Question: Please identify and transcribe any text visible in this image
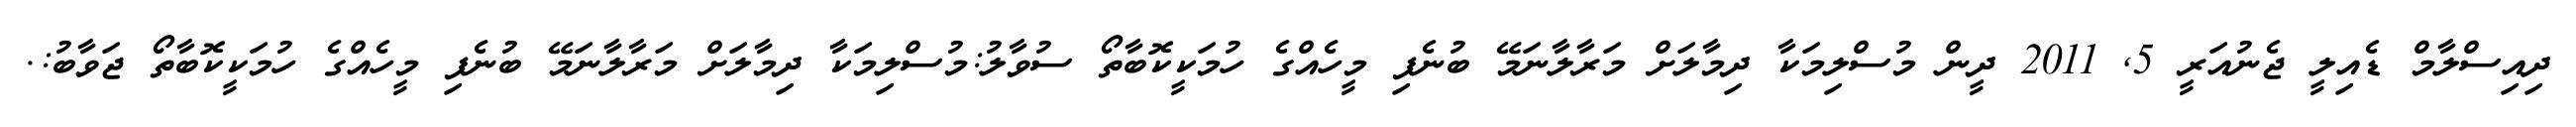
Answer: ދިއިސްލާމް ޑެއިލީ ޖެނުއަރީ 5, 2011 ދީން މުސްލިމަކާ ދިމާލަށް މަރާލާނަމޭ ބުނެފި މީހެއްގެ ހުމަކީކޮބާތޯ ސުވާލު:މުސްލިމަކާ ދިމާލަށް މަރާލާނަމޭ ބުނެފި މީހެއްގެ ހުމަކީކޮބާތޯ ޖަވާބު:.